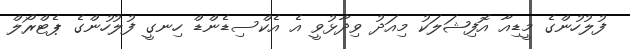
ފުލުހުންގެ މީޑިއާ އޮފިޝަލަކު މިއަދު ވިދާޅުވީ އެ އެކްސިޑެންޑް ހިނގީ ފުލުހުންގެ ޕެޓްރޯލް